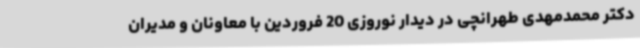
دکتر محمدمهدی طهرانچی در دیدار نوروزی 20 فروردین با معاونان و مدیران